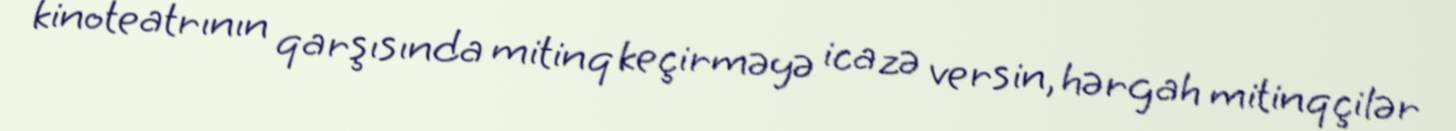
kinoteatrının qarşısında mitinq keçirməyə icazə versin, hərgah mitinqçilər